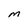
Character: M